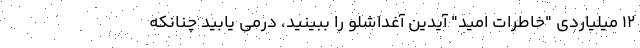
۱۲ میلیاردی "خاطرات امید" آیدین آغداشلو را ببینید، درمی یابید چنانکه